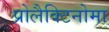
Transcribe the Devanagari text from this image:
प्रोलैक्टिनोमा